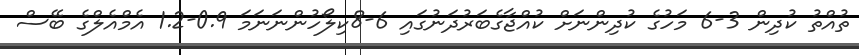
ތުއްތު ކުދިން 3-6 މަހުގެ ކުދިންނަށް ކުއްޖާގެބަރުދަނުގައި 6-8ކިލޯހުންނަނަމަ 0.9-1.2 އެމްއެލްގެ ބޭސް